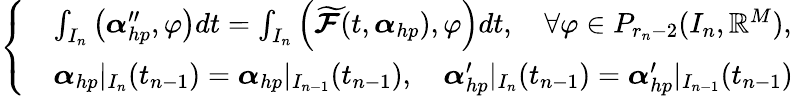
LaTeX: \left\{ \begin{array}{rl}&{\int_{I_{n}}\left(\boldsymbol{\alpha}_{hp}^{\prime\prime},\varphi\right)dt=\int_{I_{n}}\left(\boldsymbol{\widetilde{\mathcal{F}}}(t,\boldsymbol{\alpha}_{hp}),\varphi\right)dt,\quad\forall\varphi\in P_{r_{n}-2}(I_{n},\mathbb{R}^{M}),}\\ &{\boldsymbol{\alpha}_{hp}|_{I_{n}}(t_{n-1})=\boldsymbol{\alpha}_{hp}|_{I_{n-1}}(t_{n-1}),\quad\boldsymbol{\alpha}_{hp}^{\prime}|_{I_{n}}(t_{n-1})=\boldsymbol{\alpha}_{hp}^{\prime}|_{I_{n-1}}(t_{n-1})}\end{array}\right.